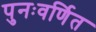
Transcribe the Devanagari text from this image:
पुनःवर्णित